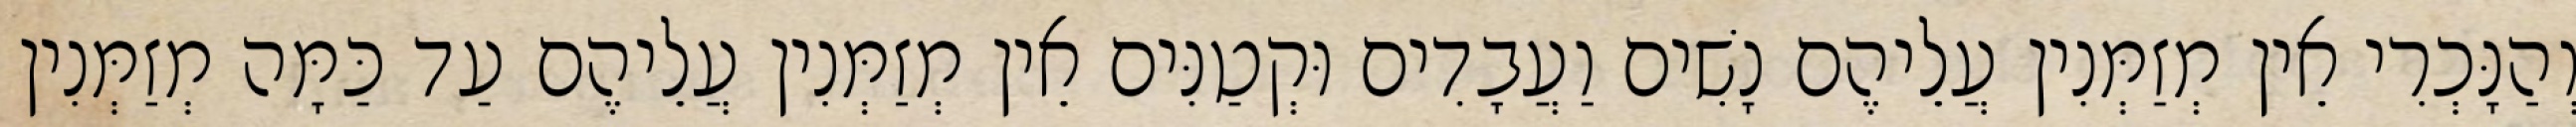
וְהַנָּכְרִי אֵין מְזַמְּנִין עֲלֵיהֶם נָשִׁים וַעֲבָדִים וּקְטַנִּים אֵין מְזַמְּנִין עֲלֵיהֶם עַד כַּמָּה מְזַמְּנִין